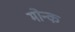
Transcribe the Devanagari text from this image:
मोन्क